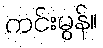
ကင်းမွန်။